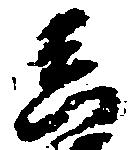
真